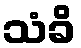
သံခိ